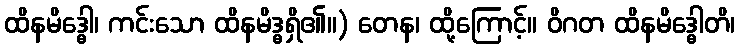
ထိနမိဒ္ဓေါ၊ ကင်းသော ထိနမိဒ္ဓရှိ၏။) တေန၊ ထို့ကြောင့်။ ဝိဂတ ထိနမိဒ္ဓေါတိ၊